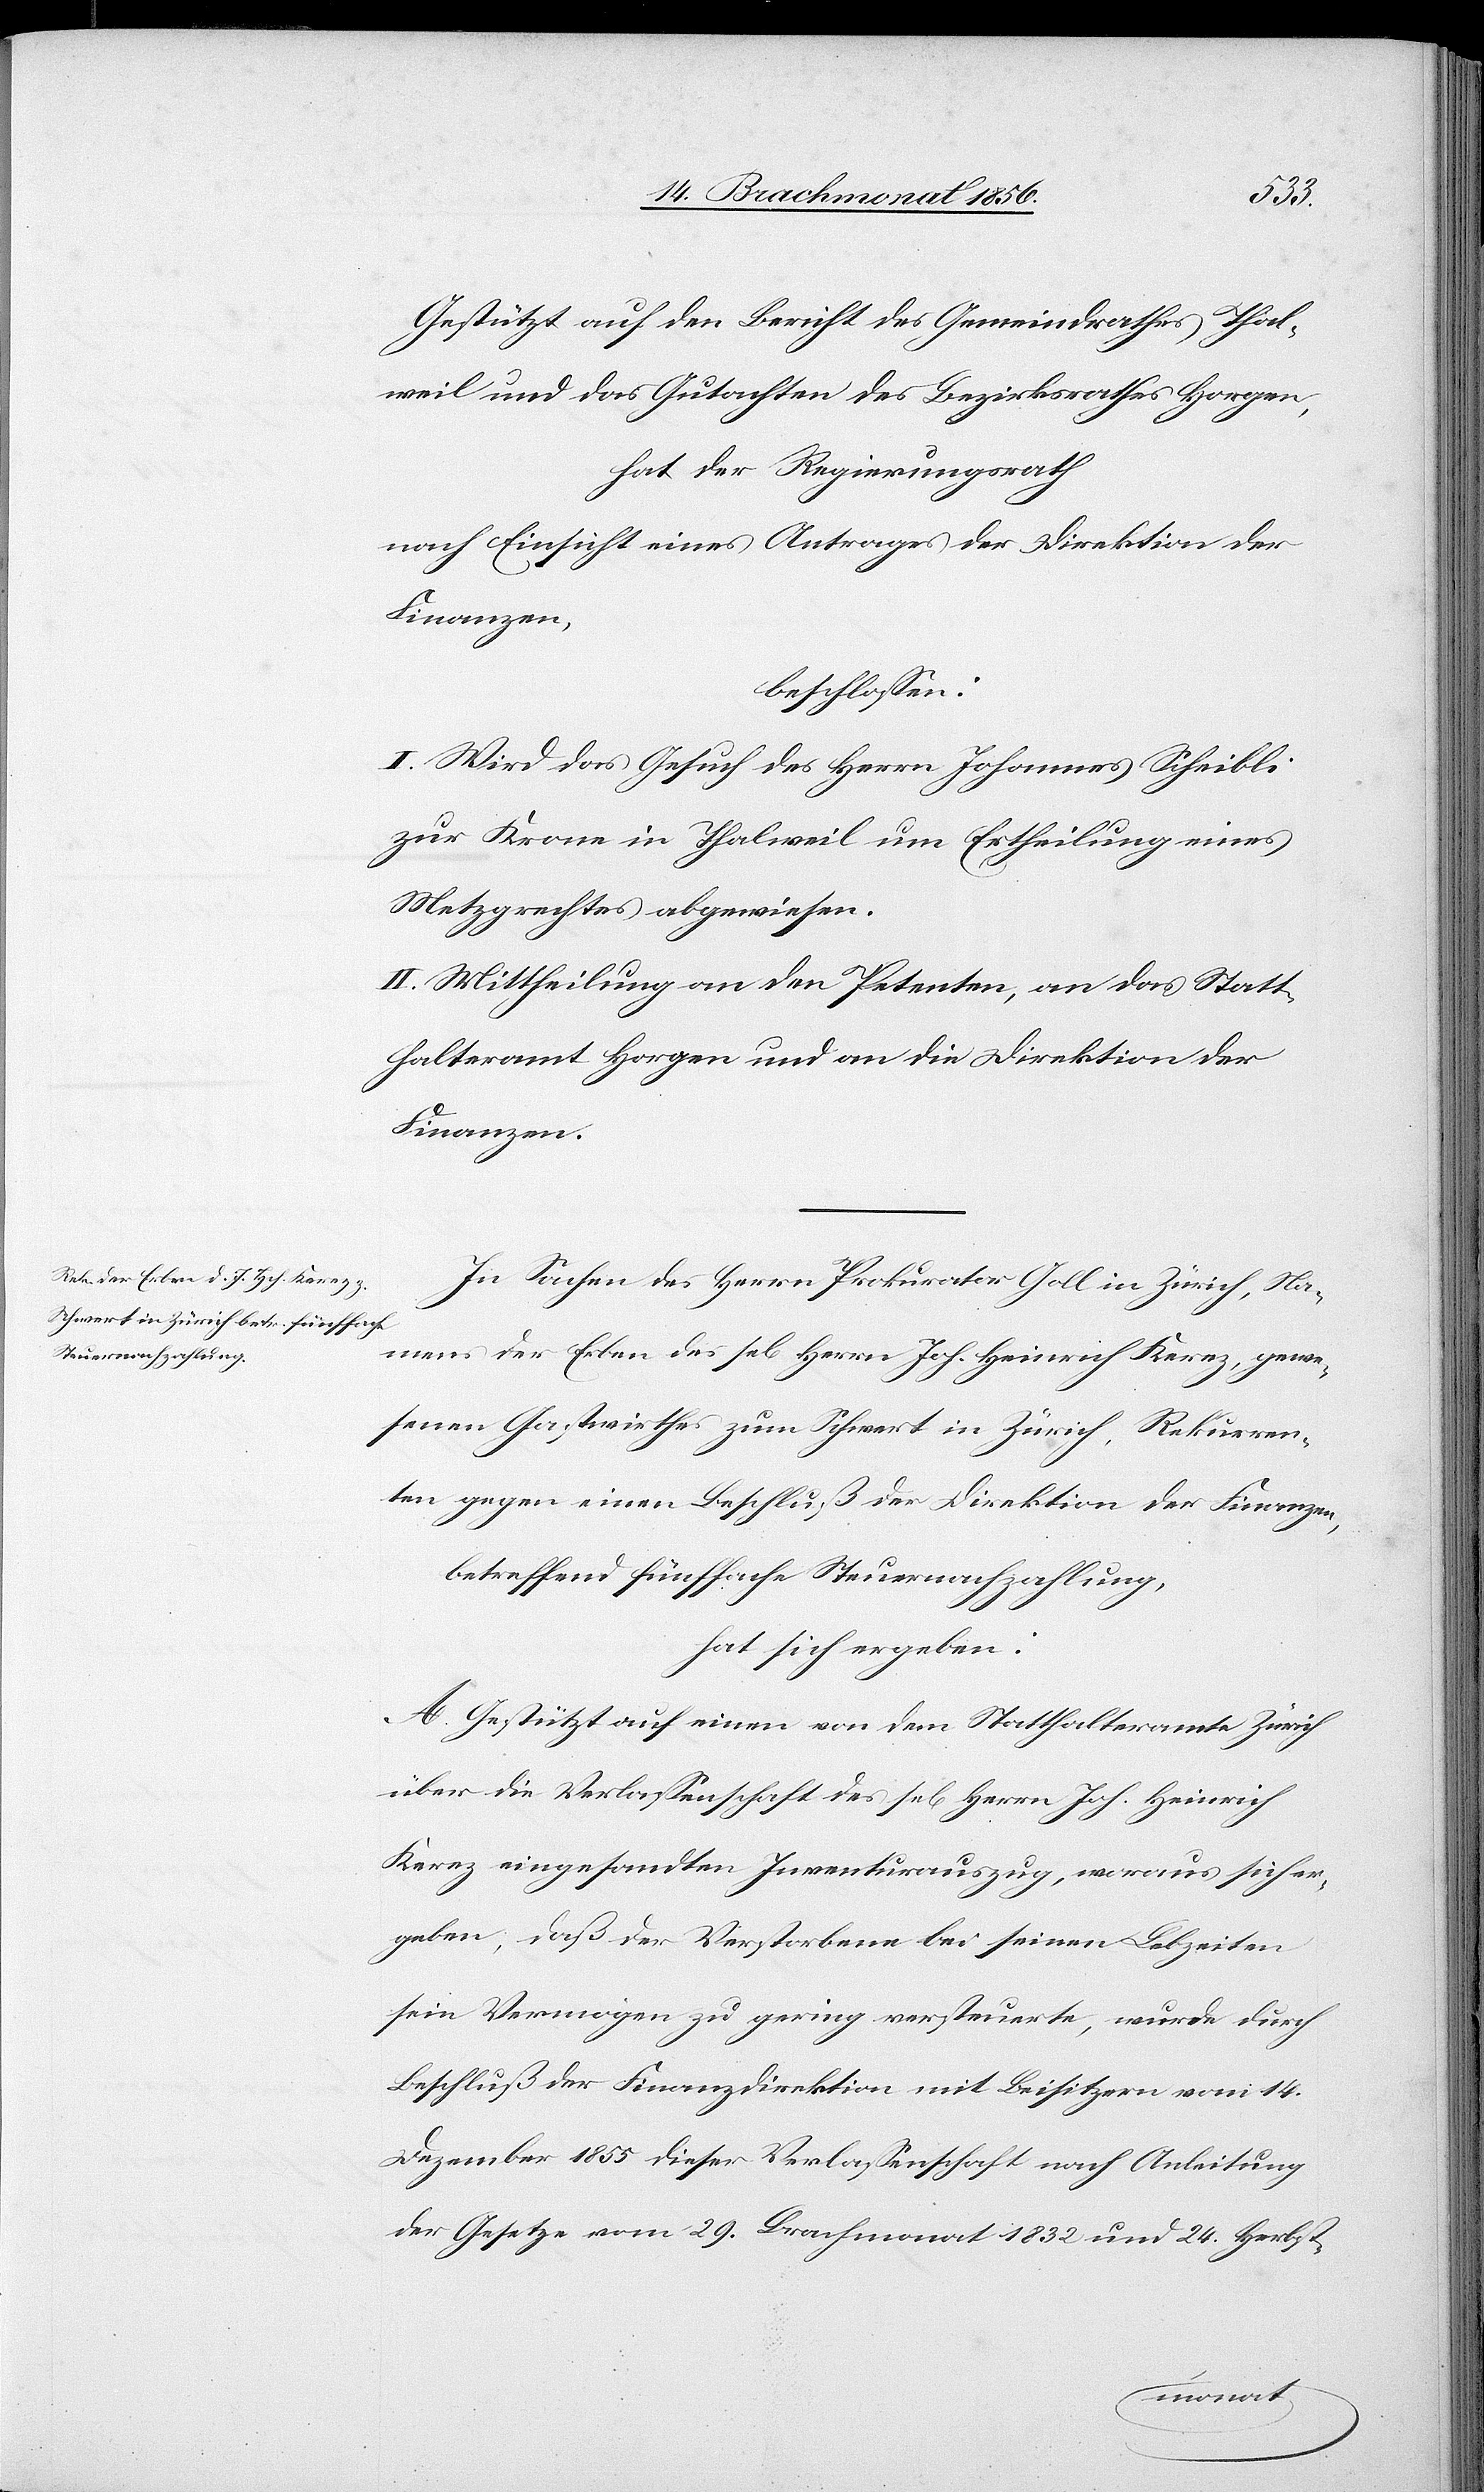
Gestützt auf den Bericht des Gemeindrathes Thal¬
weil und das Gutachten des Bezirksrathes Horgen,
hat der Regierungsrath
nach Einsicht eines Antrages der Direktion der
Finanzen,
beschlossen:
I. Wird das Gesuch des Herrn Johannes Scheibli
zur Krone in Thalweil um Ertheilung eines
Metzgrechtes abgewiesen.
II. Mittheilung an den Petenten, an das Statt¬
halteramt Horgen und an die Direktion der
Finanzen.
In Sachen des Herrn Prokurator Goll in Zürich, Na¬
mens der Erben des sel[igen] Herrn Joh. Heinrich Kerez, gewe¬
senen Gastwirthes zum Schwert in Zürich, Rekurren¬
ten gegen einen Beschluß der Direktion der Finanzen,
betreffend fünffache Steuernachzahlung,
hat sich ergeben:
A. Gestützt auf einen von dem Statthalteramte Zürich
über die Verlassenschaft des sel[igen] Herrn Joh. Heinrich
Kerez eingesandten Inventurauszug, woraus sich er¬
geben, daß der Verstorbene bei seinen Lebzeiten
sein Vermögen zu gering versteuerte, wurde durch
Beschluß der Finanzdirektion mit Beisitzern vom 14.
Dezember 1855 dieser Verlassenschaft nach Anleitung
der Gesetze vom 29. Brachmonat 1832 und 24. Herbst-